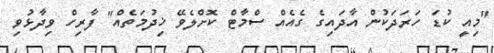
"މިއީ ކުޑަ ހަރަދަކުން އާދައިގެ ގެއެއް ސްމާޓް ކޮށްލެވޭ ޚިދުމަތެއް" ފާރިހް ވިދާޅުވި